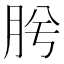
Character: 𭨯